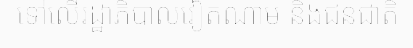
ទៅលើរដ្ឋាភិបាលវៀតណាម និងជនជាតិ